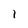
Character: 1